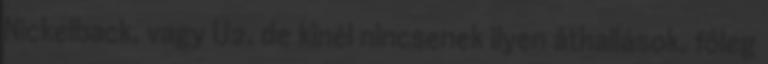
Nickelback, vagy U2, de kinél nincsenek ilyen áthallások, főleg